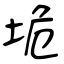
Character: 垝